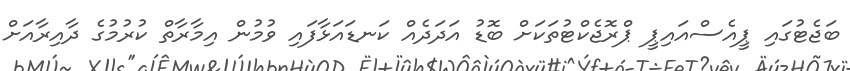
ބަޖެޓުގައި ޕީއެސްއައިޕީ ޕްރޮޖެކްޓުތަކަށް ބޮޑު އަދަދެއް ކަނޑައަޅާފައި ވުމުން އިމާރާތް ކުރުމުގެ ދާއިރާއަށް